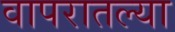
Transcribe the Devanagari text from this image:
वापरातल्या